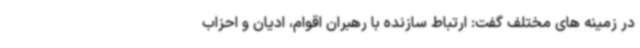
در زمینه های مختلف گفت: ارتباط سازنده با رهبران اقوام، ادیان و احزاب